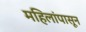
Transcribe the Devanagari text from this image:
महिलांपासून